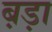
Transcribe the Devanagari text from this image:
ब़ड़ा